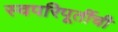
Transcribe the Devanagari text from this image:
स्वपरिपूर्तीची